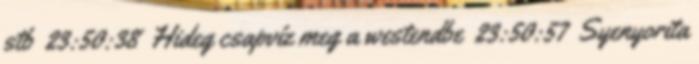
stb 23:50:38 Hideg csapvíz meg a westendbe 23:50:57 Syenyorita